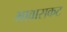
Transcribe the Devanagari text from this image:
भावासकट